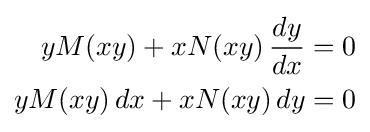
{\begin{aligned}yM(xy)+xN(xy)\,{\frac {dy}{dx}}&=0\\yM(xy)\,dx+xN(xy)\,dy&=0\end{aligned}}